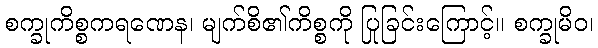
စက္ခုကိစ္စကရဏေန၊ မျက်စိ၏ကိစ္စကို ပြုခြင်းကြောင့်။ စက္ခုမိဝ၊